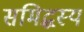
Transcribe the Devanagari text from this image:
समिद्धस्य